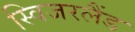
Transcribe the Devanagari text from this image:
स्विजरलैंड